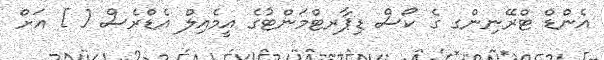
އެންޑް ޓްރޭނިންގ ގެ ކޯސް ޑިޕާރޓްމަންޓުގެ އީމެއިލް އެޑްރެސް [ ] އަށް